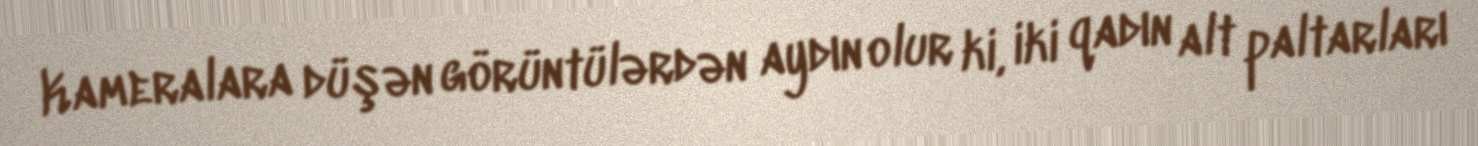
Kameralara düşən görüntülərdən aydın olur ki, iki qadın alt paltarları